画像に写った文字を読んでください
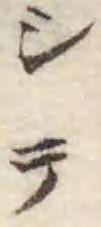
「シテ」と書いてあります